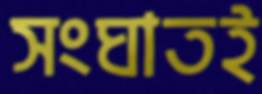
সংঘাতই